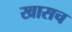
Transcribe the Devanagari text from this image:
खासच